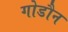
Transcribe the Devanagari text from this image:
गोडौन